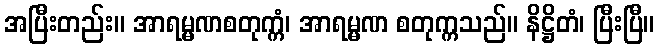
အပြီးတည်း။ အာရမ္မဏစတုက္ကံ၊ အာရမ္မဏ စတုက္ကသည်။ နိဋ္ဌိတံ၊ ပြီးပြီ။